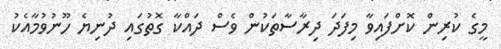
މީގެ ކުރިން ކޮށްފައިވާ މިފަދަ ދިރާސާތަކުން ވެސް ދައްކާ ގޮތުގައި ދުނިޔެ ހޫނުވުމާއެކު